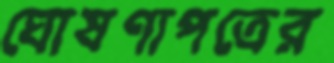
ঘোষণাপত্রের